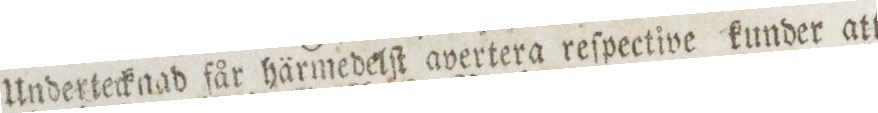
Undertecknad får härmedelſt avertera reſpective kunder att